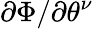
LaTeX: \partial\Phi/\partial\theta^{\nu}